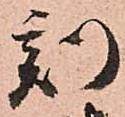
刻